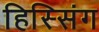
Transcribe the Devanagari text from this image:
हिस्सिंग